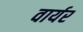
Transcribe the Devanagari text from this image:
वार्यर